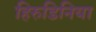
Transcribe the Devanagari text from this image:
हिरुडिनिया